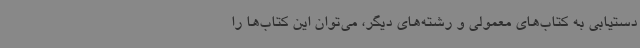
دستیابی به کتاب‌های معمولی و رشته‌های دیگر، می‌توان این کتاب‌ها را